Proceedings of the meeting of veterinary officers in India
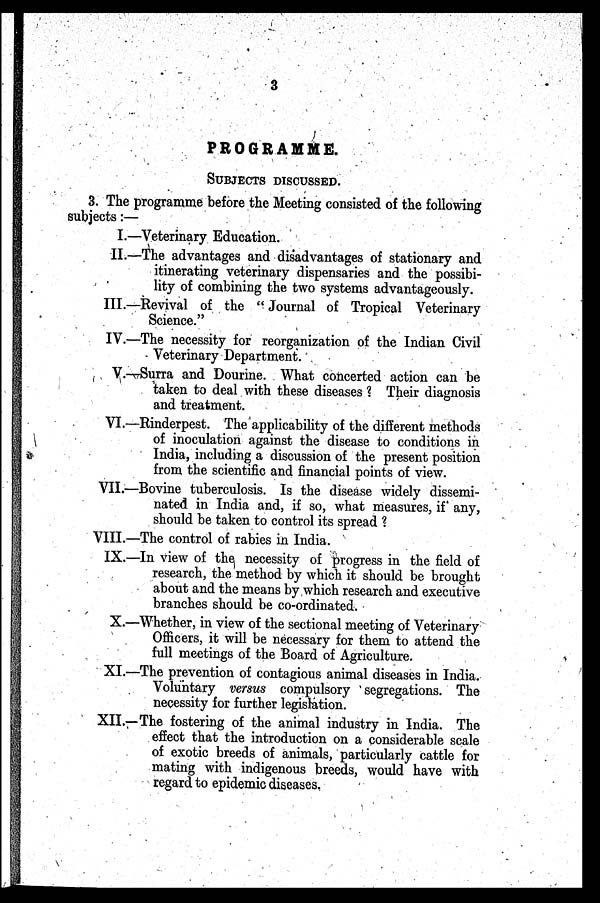
3
PROGRAMME.
SUBJECTS DISCUSSED.
3. The programme before the Meeting consisted of the following
subjects:—
I.—Veterinary Education.
II.—The advantages and disadvantages of stationary and
itinerating veterinary dispensaries and the possibi-
lity of combining the two systems advantageously.
III.—Revival of the " Journal of Tropical Veterinary
Science."
IV.—The necessity for reorganization of the Indian Civil
Veterinary Department.
V.—Surra and Dourine. What concerted action can be
taken to deal with these diseases ? Their diagnosis
and treatment.
VI.—Rinderpest. The applicability of the different methods
of inoculation against the disease to conditions in
India, including a discussion of the present position
from the scientific and financial points of view.
VII.—Bovine tuberculosis. Is the disease widely dissemi-
nated in India and, if so, what measures, if any,
should be taken to control its spread ?
VIII.—The control of rabies in India.
IX.—In view of the necessity of progress in the field of
research, the method by which it should be brought
about and the means by which research and executive
branches should be co-ordinated.
X.—Whether, in view of the sectional meeting of Veterinary
Officers, it will be necessary for them to attend the
full meetings of the Board of Agriculture.
XI.—The prevention of contagious animal diseases in India.
Voluntary versus compulsory segregations. The
necessity for further legislation.
XII.—The fostering of the animal industry in India. The
effect that the introduction on a considerable scale
of exotic breeds of animals, particularly cattle for
mating with indigenous breeds, would have with
regard to epidemic diseases.